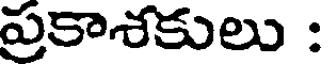
ప్రకాశకులు :